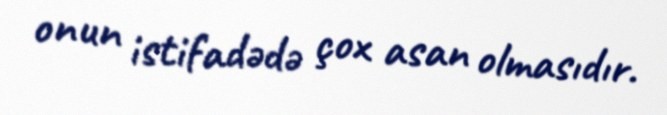
onun istifadədə çox asan olmasıdır.